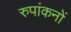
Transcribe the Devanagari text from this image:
रुपांकनों